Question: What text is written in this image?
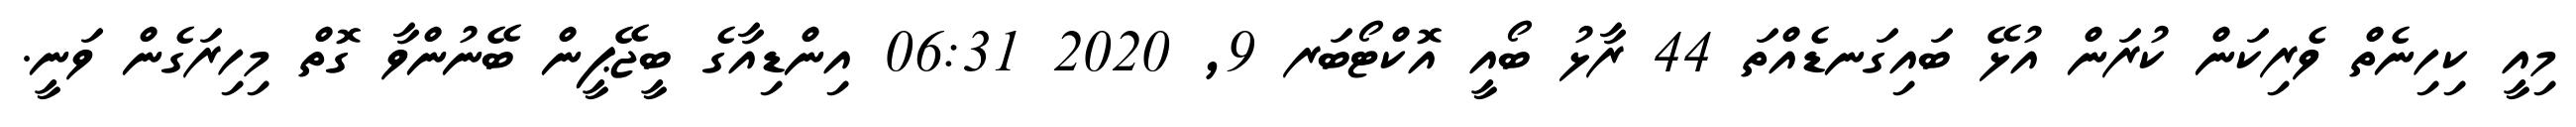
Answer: މިއީ ކިހިނެތް ވެރިކަން ކުރަން އުޅޭ ބައިގަނޑެއްތަ 44 ރާޅު ބޯއީ އޮކްޓޯބަރ 9, 2020 06:31 އިންޑިއާގެ ބީޖޭޕީން ބޭނުންވާ ގޮތް މިހިރަގެން ވަނީ.